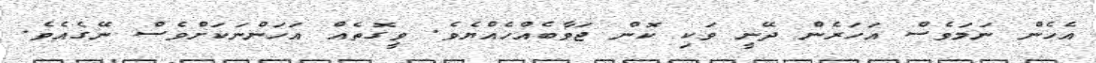
އެހެން ނަމަވެސް އަހަރެން ދޭނީ ވަކި ކޮން ޖަވާބެއްހެއްޔެވެ. ވީގޮތެއް އަހަންނަކަށްވެސް ނޭގެއެވެ.